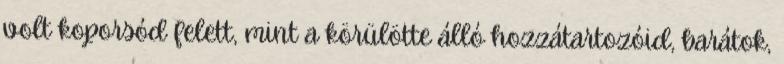
volt koporsód felett, mint a körülötte álló hozzátartozóid, barátok,